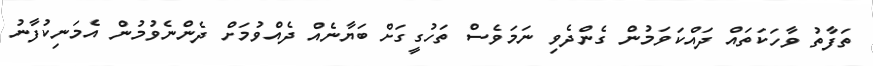
ތަފާތު ވާހަކަތައް ދައްކަވަމުން ގެންދެވި ނަމަވެސް ތަހުގީގަށް ބަޔާނެއް ދެއްވުމަށް ދެންނެވުމުން އެމަނިކުފާނު